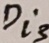
Text: Di3